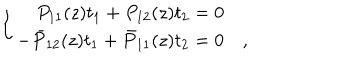
\left\{ \begin{array} { r l } { { P _ { 1 1 } ( z ) t _ { 1 } + P _ { 1 2 } ( z ) t _ { 2 } = 0 } } & { { } } \\ { { - \bar { P } _ { 1 2 } ( z ) t _ { 1 } + \bar { P } _ { 1 1 } ( z ) t _ { 2 } = 0 } } & { { , } } \\ \end{array} \right.